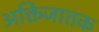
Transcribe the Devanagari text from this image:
अक्तिजातक